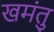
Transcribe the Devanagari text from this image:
खमंतु